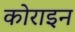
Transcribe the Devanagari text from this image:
कोराइन